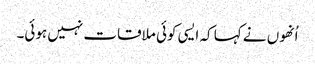
اُنھوں نے کہا کہ ایسی کوئی ملاقات نہیں ہوئی۔